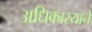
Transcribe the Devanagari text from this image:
अधिकारयाने